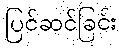
ပြင်ဆင်ခြင်း